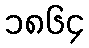
၁၈၆၄